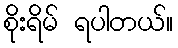
စိုးရိမ် ရပါတယ်။